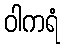
ဝါကရံ